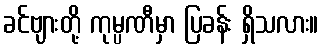
ခင်ဗျားတို့ ကုမ္ပဏီမှာ ပြခန်း ရှိသလား။